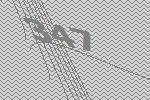
347